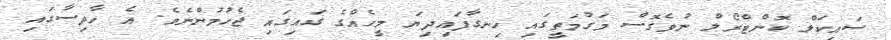
ސައިކަލް ކޮންޓްރޯލް ނުވެގޮސް މަގުމަތީގައި ހިނގާފައިދިޔަ މީހެއްގެ ގައިގައި ޖެހުމުންނެވެ. އެ ހާދިސާގައި